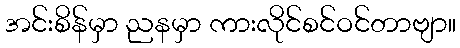
အင်းစိန်မှာ ညနမှာ ကားလိုင်စင်ဝင်တာဗျာ။